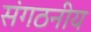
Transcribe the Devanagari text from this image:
संगठनीय